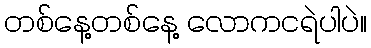
တစ်နေ့တစ်နေ့ လောကငရဲပါပဲ။